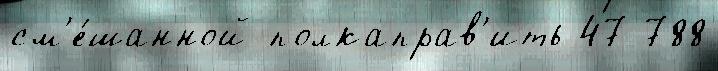
см'е́шанной полкаправ'ить 47 788